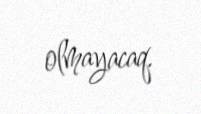
olmayacaq.